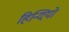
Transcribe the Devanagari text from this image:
हिन्दियो